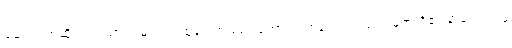
ဆေးဘက်ဆိုင်ရာပညာရှင်များက ထွန်းကားမည် ထောင်ဂဏန်း ဘုရင်မင်းမြတ်တို့၏ နာမ်တရား၌